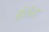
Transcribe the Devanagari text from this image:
डोबेल